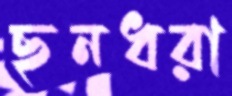
ছনধরা